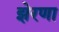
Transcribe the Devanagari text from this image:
झेरणा